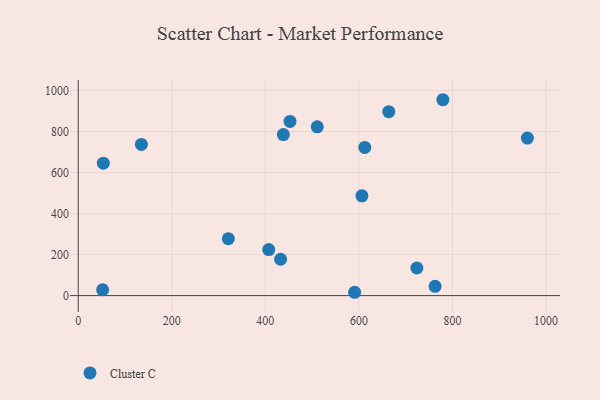
{"axis": {"x": "Study Hours", "y": "Salary"}, "legend": ["Cluster C"], "data": [{"x": "779.5", "y": 955.2, "type": "Cluster C"}, {"x": "724.0", "y": 134.5, "type": "Cluster C"}, {"x": "606.5", "y": 486.5, "type": "Cluster C"}, {"x": "432.6", "y": 177.2, "type": "Cluster C"}, {"x": "438.5", "y": 785.4, "type": "Cluster C"}, {"x": "612.6", "y": 722.8, "type": "Cluster C"}, {"x": "52.2", "y": 28.3, "type": "Cluster C"}, {"x": "960.2", "y": 768.1, "type": "Cluster C"}, {"x": "590.9", "y": 16.2, "type": "Cluster C"}, {"x": "135.1", "y": 737.4, "type": "Cluster C"}, {"x": "511.0", "y": 823.2, "type": "Cluster C"}, {"x": "53.7", "y": 645.8, "type": "Cluster C"}, {"x": "407.3", "y": 224.3, "type": "Cluster C"}, {"x": "663.9", "y": 897.1, "type": "Cluster C"}, {"x": "320.9", "y": 277.4, "type": "Cluster C"}, {"x": "762.9", "y": 45.4, "type": "Cluster C"}, {"x": "452.8", "y": 849.6, "type": "Cluster C"}]}